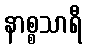
နာစ္စသာရီ